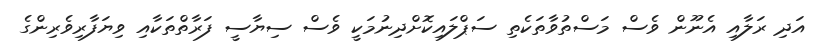
އަދި ރަލާއި އެނޫން ވެސް މަސްތުވާތަކެތި ސަޕްލައިކޮށްދިނުމަކީ ވެސް ސިޔާސީ ފަރާތްތަކާއި ވިޔަފާރިވެރިންގެ